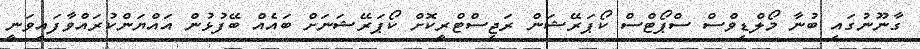
ގާނޫނުގައި ބުނާ މޯލްޑިވްސް ސްޕޯޓްސް ކޯޕަރޭޝަން ރަޖިސްޓްރީކޮށް ކޯޕަރޭޝަނަށް ބައެއް ބޭފުޅުން އައްޔަންކުރައްވާފައިވަނީ